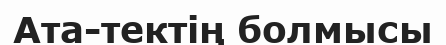
Ата-тектің болмысы